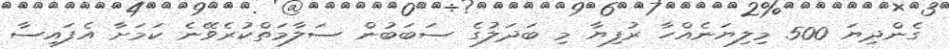
ގެންދިޔަ 500 މިލިޔަނެއްހާ ރުފިޔާ މި ބަދަލުގެ ސަބަބުން ސަލާމަތްކުރެވޭނެ ކަމަށާ އެފައިސާ